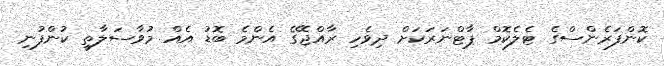
ކޮންފަރެންސްގެ ޓެލެކޮމް ޕާޓްނަރަކަށް ދިވެހި ރާއްޖޭގެ އެންމެ ބޮޑު އެއް މުވާސަލާތީ ކުންފުނި